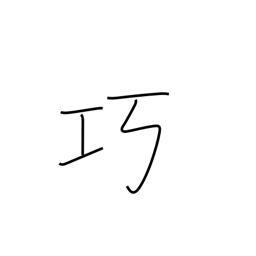
Meaning: adroit